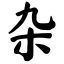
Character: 杂